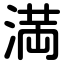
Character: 満